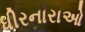
ધીરનારાઓ